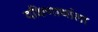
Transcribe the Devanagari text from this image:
दक्षिणार्थाला